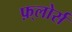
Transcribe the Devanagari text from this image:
फ़्लोर्स